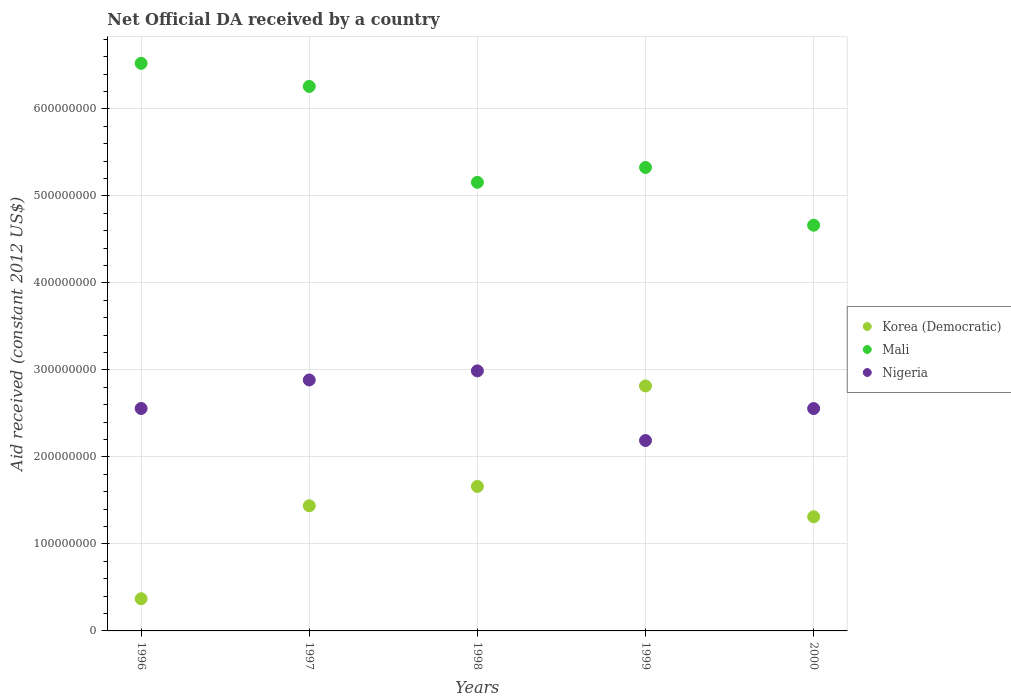
| Years | Korea (Democratic) | Mali | Nigeria |
 | --- | --- | --- | --- |
 | 1996 | 3.7e+07 | 6.52e+08 | 2.56e+08 |
 | 1997 | 1.44e+08 | 6.26e+08 | 2.88e+08 |
 | 1998 | 1.66e+08 | 5.16e+08 | 2.99e+08 |
 | 1999 | 2.82e+08 | 5.33e+08 | 2.19e+08 |
 | 2000 | 1.31e+08 | 4.66e+08 | 2.56e+08 |